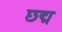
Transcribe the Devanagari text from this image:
छ्द्म